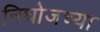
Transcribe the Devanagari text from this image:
निघोजच्या